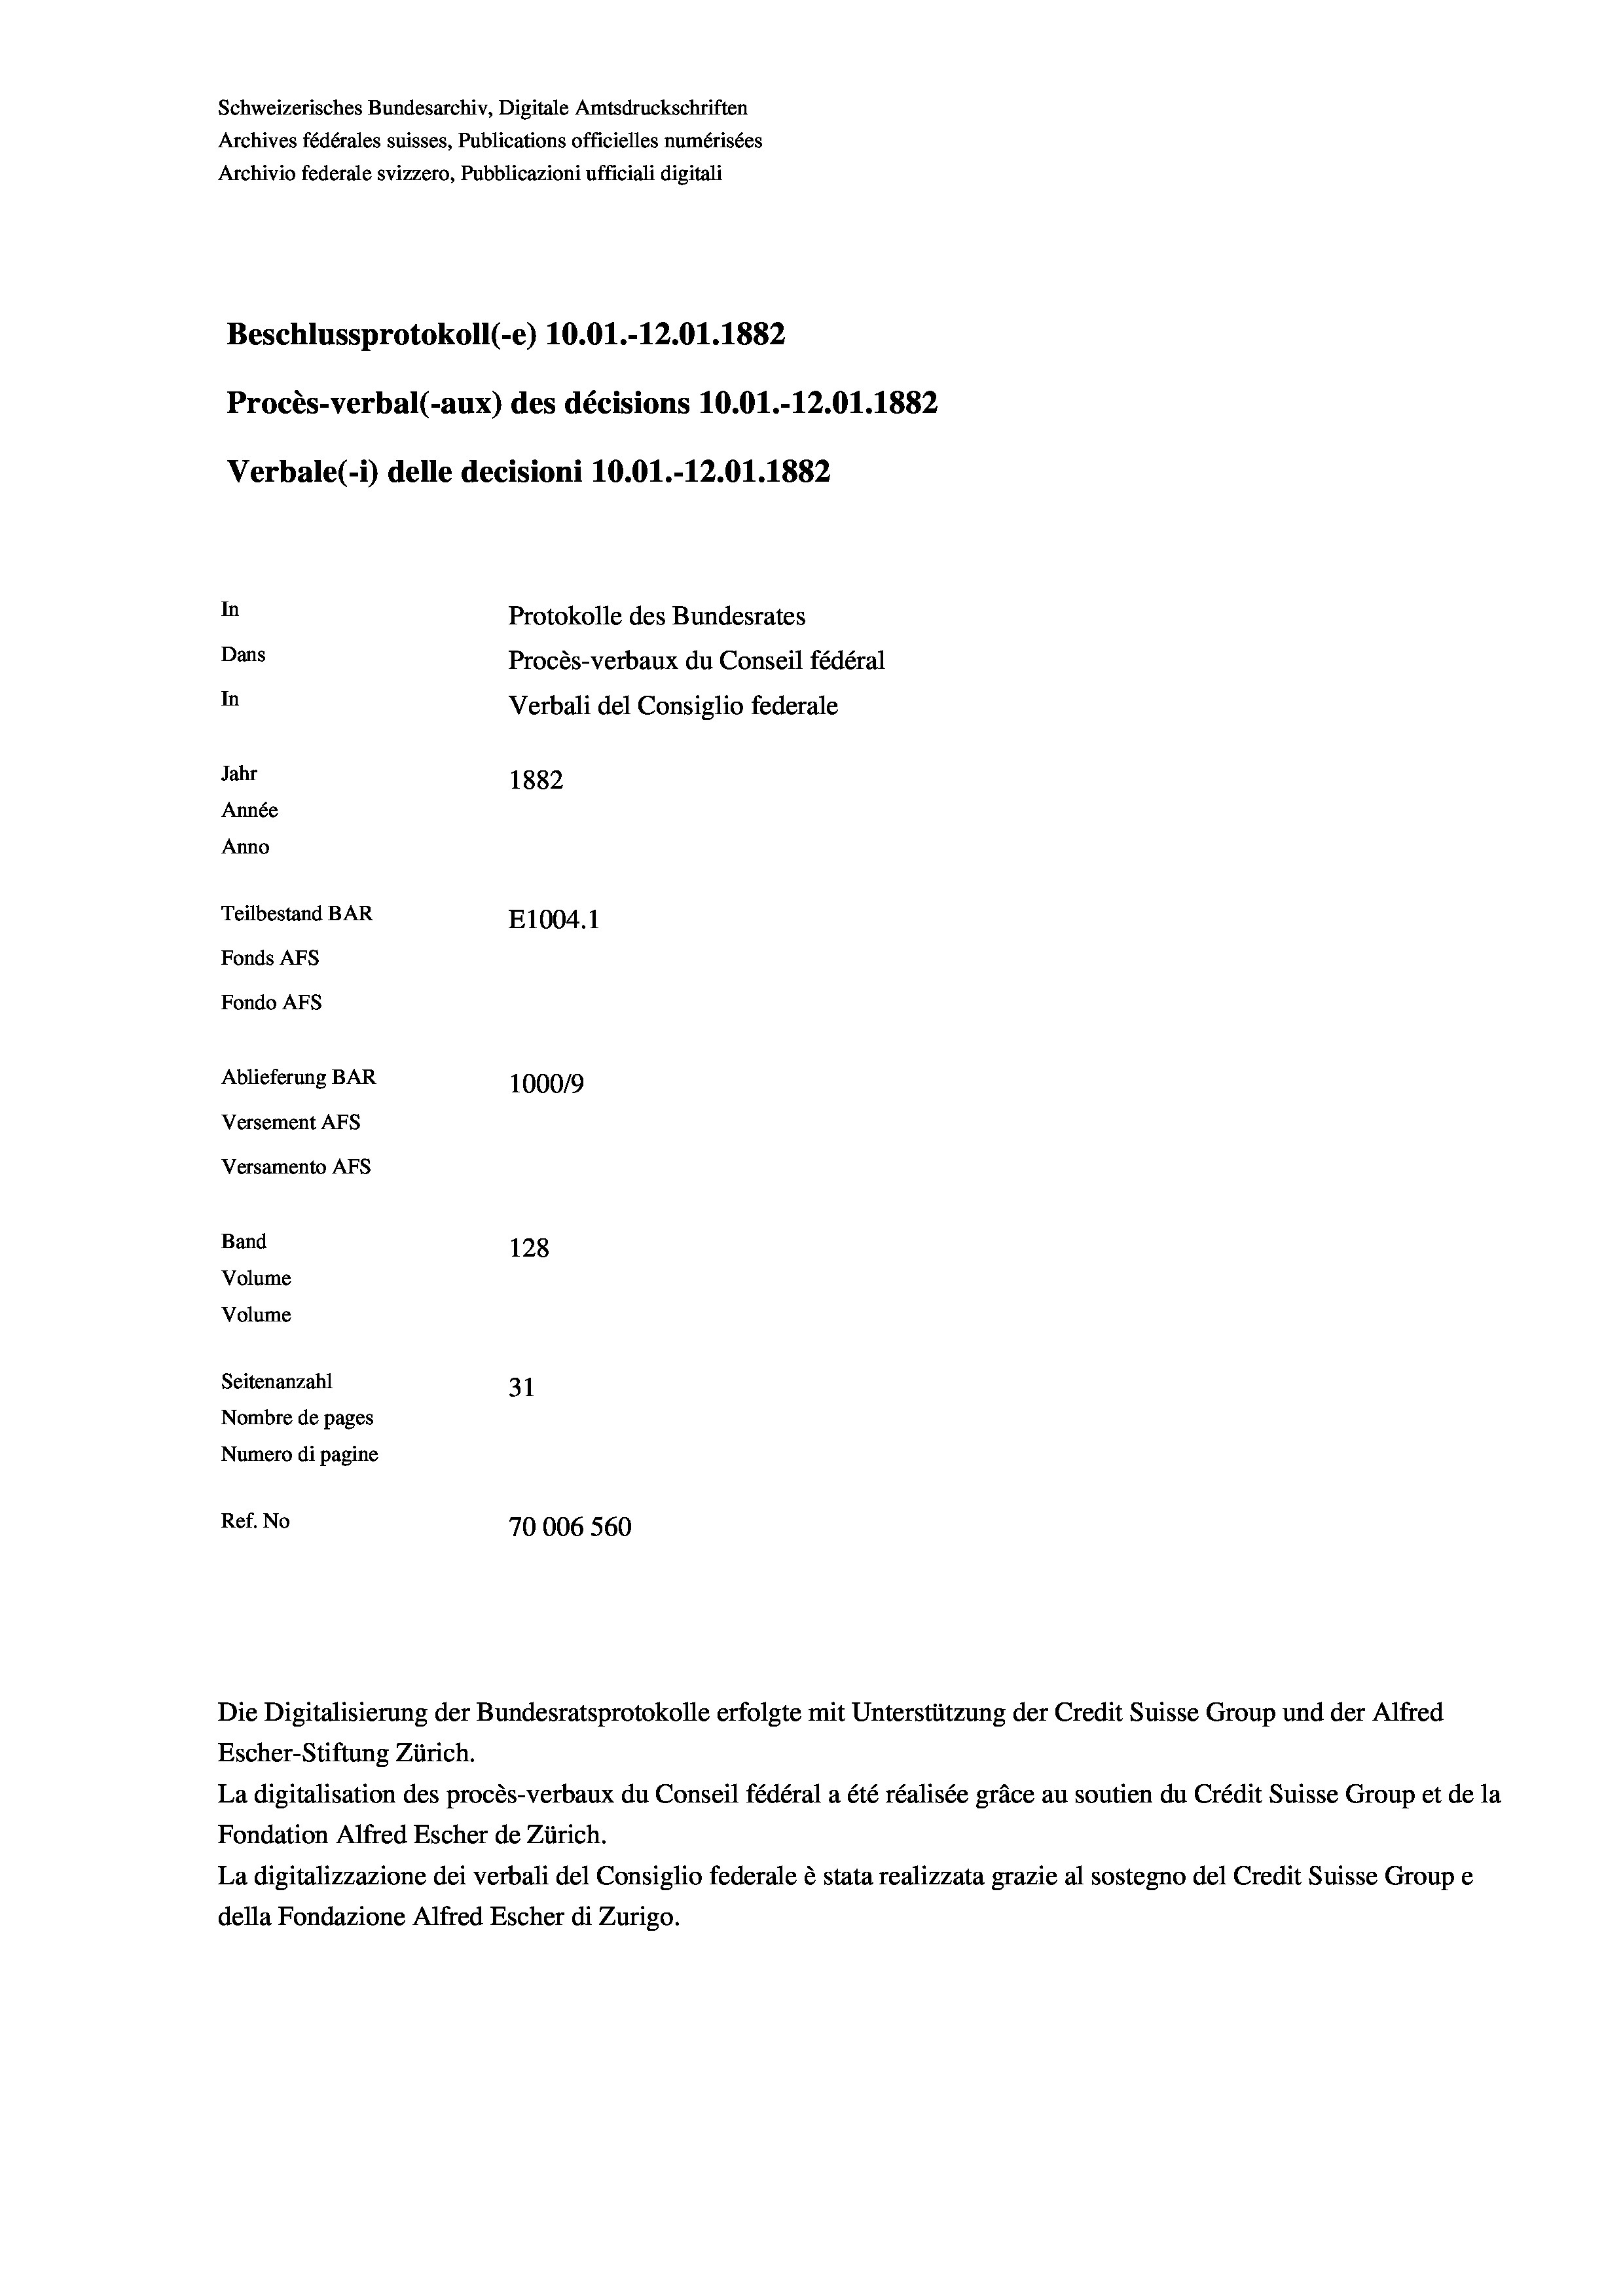
Schweizerisches Bundesarchiv, Digitale Amtsdruckschriften
Archives fédérales suisses, Publications officielles numérisées
Archivio federale svizzero, Pubblicazioni ufficiali digitali
Beschlussprotokoll (-e) 10.01.-12.01. 1882
Procès-verbal (-aux) des décisions 10.01.-12.01. 1882
Verbale (- 1) delle decisioni 10.01.-12.01. 1882
In
Protokolle des Bundesrates
Dans
Procès-verbaux du Conseil fédéral
In
Verbali del Consiglio federale
Jahr
1882
Année
Anno
Teilbestand BAR
E1004. 1
Fonds AFs
Fondo Afs
Ablieferung BAR
100019
Versement AFs
Versamento Afs
Band
128
Volume
Volume
Seitenanzahl
31
Nombre de pages
Numero di pagine
Ref. No
70006560

Escher-Stiftung Zürich.
La digitalisation des procès-verbaux du Conseil fédéral a été réalisée gräce au soutien du Crédit Suisse Group et de la
Fondation Alfred Escher de Zürich.
La digitalizzazione dei verbali del Consiglio federale è stata realizzata grazie al sostegno del Credit Suisse Groupe
della Fondazione Alfred Escher di Zurigo.

Die Digitalisierung der Bundesratsprotokolle erfolgte mit Unterstützung der Credit Suisse Group und der Alfred